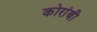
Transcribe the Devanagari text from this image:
कोरांबी